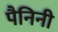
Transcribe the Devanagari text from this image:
पैनिनी